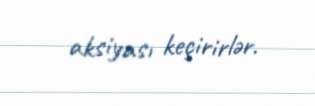
aksiyası keçirirlər.